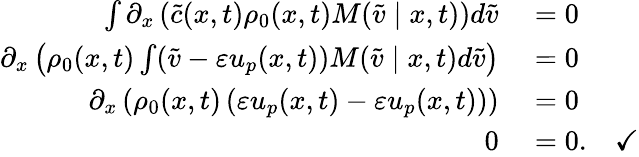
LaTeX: \begin{array}{rl}{\int\partial_{x}\left(\tilde{c}(x,t)\rho_{0}(x,t)M(\tilde{v}\mid x,t)\right)d\tilde{v}}&{{}=0}\\ {\partial_{x}\left(\rho_{0}(x,t)\int(\tilde{v}-\varepsilon u_{p}(x,t))M(\tilde{v}\mid x,t)d\tilde{v}\right)}&{{}=0}\\ {\partial_{x}\left(\rho_{0}(x,t)\left(\varepsilon u_{p}(x,t)-\varepsilon u_{p}(x,t)\right)\right)}&{{}=0}\\ {0}&{{}=0.\quad\checkmark}\end{array}